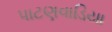
પાટણવાડિયા